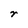
Character: r